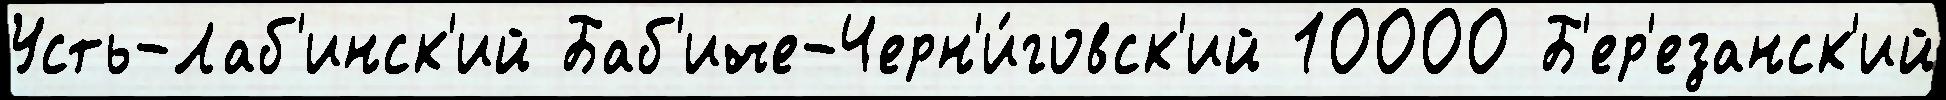
Усть-Лаб'инск'ий Баб'иче-Черн'и́говск'ий 10000 Б'ер'езанск'ий